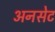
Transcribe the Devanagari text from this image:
अनसेट